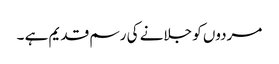
مردوں کو جلانے کی رسم قدیم ہے ۔